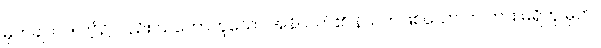
မှတ်ချက်။ ။ ဤ၌လည်း ယတောဟူသော အနိယတ်၏ နိယတ်ဖြစ်သော တ ကား မရှိဟု မှတ်။